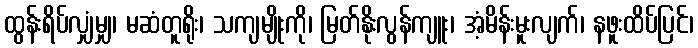
ထွန်းရိပ်လျှံမျှ၊ မဆံတူရိုး၊ သကျမျိုးကို၊ မြတ်နိုးလွန်ကျူး၊ အံ့မိန်းမူးလျက်၊ နဖူးထိပ်ပြင်၊